Annual report on the working of the mental hospitals in the Madras Presidency - 1912-1932
Year: 1912
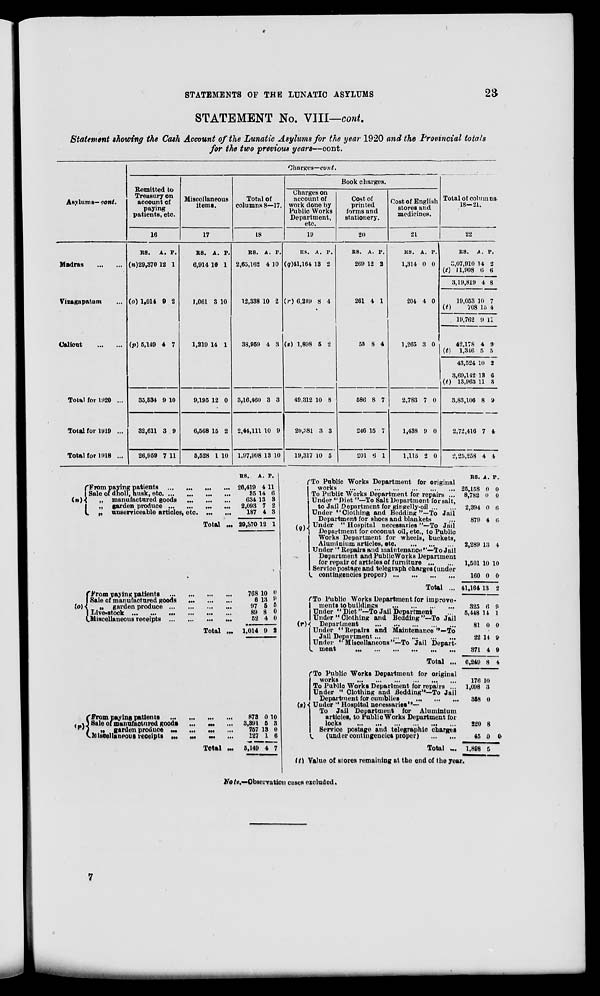
STATEMENTS OF THE LUNATIC ASYLUMS
23
STATEMENT No. VIII—cont.
Statement showing the Cash Account of the Lunatic Asylums for the year 1920 and the Provincial totals
for the two previous years—cont.
Asylums— cont.
Madras
...
...
Vizagapatam ...
Calicut
...
...
Total for 1920 ...
Total for 1919 ...
Total for 1918 ...
Charges—cont.
Remitted to
Treasury on
account of
paying
patients, etc.
16
RS.
(n) 29,370
A.
12
P.
1
(o) 1,014 9 2
(p) 5,149 4 7
35,534
32,611
26,959
9
3
7
10
9
11
Miscellaneous
items.
17
RS.
6,914
A.
10
P.
1
1,061 3 10
1,219 14 1
9,195
6,568
5,528
12
15
1
0
2
10
Total of
columns 8—17.
18
RS.
2,65,162
A.
4
P.
10
12,338 10 2
38,959 4 3
3,16,460
2,44,111
1,97,998
3
10
13
3
9
10
Book charges.
Charges on
account of
work done by
Public Works
Department,
etc.
19
RS.
(q)41,164
A.
13
P.
2
(r) 6,249 8 4
(s) 1,898 5 2
49,312
20,381
19,317
10
3
10
8
3
5
Cost of
printed
forms and
stationery.
20
RS.
269
A.
12
P.
2
261 4 1
55 8 4
586
246
201
8
15
6
7
7
1
Cost of English
stores and
medicines.
21
RS.
1,314
A.
0
P.
0
204 4 0
1,265 3 0
2,783
1,438
1,115
7
9
2
0
0
0
Total of columns
18—21.
22
RS.
3,07,910
(t) 11,908
3,19,819
19,053
(t)708
19,762
42,178
(t)1,346
43,524
3,69,142
(t)13,963
3,83,106
2,72,416
2,25,258
A.
14
6
4
10
15
9
4
5
10
13
11
8
7
4
P.
2
6
8
7
4
11
9
5
2
6
3
9
4
4
(n)
From paying patients ... ... ... ...
Sale of dholl, husk, etc.
...
...
...
...
„ manufactured goods
...
...
...
„ garden produce
...
...
...
...
„ unserviceable articles, etc. ... ...
Total ...
(o)
From paying patients ... ... ... ...
Sale of manufactured goods ... ... ...
„ garden produce ... ... ... ...
Live-stock ... ... ... ... ... ...
Miscellaneous receipts ... ... ... ...
Total ...
(p)
From paying patients ... ... ... ...
Sale of manufactured goods ... ... ...
„ garden produce
...
...
...
...
Miscellaneous receipts ... ... ... ...
Total ...
RS.
26,419
35
634
2,093
187
29,870
768
6
97
89
52
1,014
873
3,391
757
127
5,149
A.
4
14
13
7
4
12
10
13
5
8
4
9
0
5
13
1
4
P.
11
6
3
2
3
1
0
9
5
0
0
2
10
3
0
6
7
(q) To Public Works Department for original
works
...
...
...
...
...
...
To Public Works Department for repairs ...
Under "Diet "—To Salt Department for salt,
to Jail Department for gingelly-oil ... ...
Under "Clothing and Bedding "—To Jail
Department for shoes and blankets ...
Under " Hospital necessaries "—To Jail
Department for coconut oil, etc, to Public
Works Department for wheels, buckets,
Aluminium articles, etc.
...
...
...
Under " Repairs and maintenance''—To Jail
Department and PublicWorks Department
for repair of articles of furniture ... ...
Service postage and telegraph charges (under
contingencies proper)
...
...
...
...
Total ...
(r)
To Public Works Department for improve-
ments to buildings
...
...
...
...
Under " Diet "—To Jail Department ...
Under " Clothing and Bedding "—To Jail
Department
...
...
...
...
...
Under "Repairs and Maintenance "—To
Jail Department
...
...
...
...
...
Under "Miscellaneous"—To Jail Depart-
ment
...
...
...
...
...
...
Total ...
(s)
To Public Works Department for original
works ... ... ... ... ... ...
To Public Works Department for repairs ...
Under " Clothing and Bedding"—To Jail
Department for cumblies
...
...
...
Under " Hospital necessaries"—
To Jail Department for Aluminium
articles, to PublicWorks Department for
locks ... ... ... ... ... ...
Service postage and telegraphic charges
(under contingencies proper)
...
...
Total ...
(t)
RS.
25,158
8,782
2,394
879
2,289
1,501
160
41,164
325
5,448
81
22
371
6,249
176
1,098
358
220
45
1,898
A.
0
0
0
4
13
10
0
13
6
14
0
14
4
8
10
3
0
8
0
5
P.
0
0
6
6
4
10
0
2
9
1
0
9
9
4
0
Value of stores remaining at the end of the year
Note.—Observation cases excluded.
7